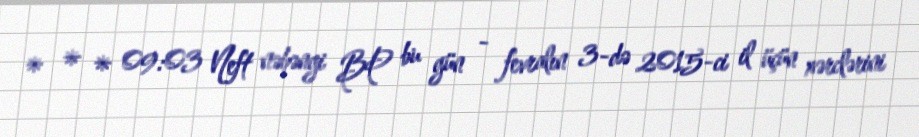
* * * 09:03 Neft nəhəngi BP bu gün - fevralın 3-də 2015-ci il üçün xərclərini